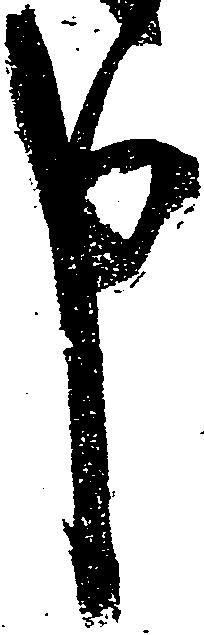
申